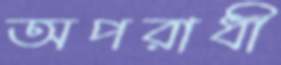
অপরাধী